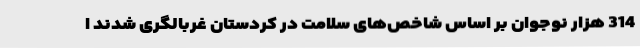
314 هزار نوجوان بر اساس شاخص‌های سلامت در کردستان غربالگری شدند ا